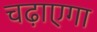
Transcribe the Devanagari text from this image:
चढ़ाएगा